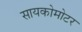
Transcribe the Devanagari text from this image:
सायकोमोटर